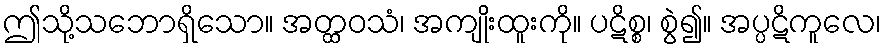
ဤသို့သဘောရှိသော။ အတ္ထဝသံ၊ အကျိုးထူးကို။ ပဋိစ္စ၊ စွဲ၍။ အပ္ပဋိကူလေ၊